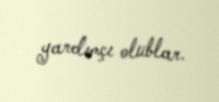
yardımçı olublar.